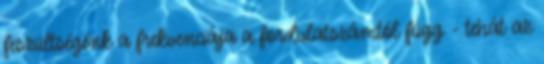
feszültségénk a frekvenciája a fordulatszámtól függ - tehát az